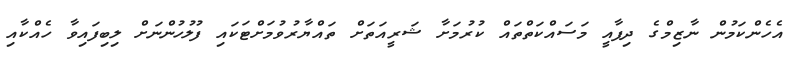
އެހެންކަމުން ނާޒިމްގެ ދިފާއީ މަސައްކަތްތައް ކުރުމަށާ ޝަރީއަތަށް ތައްޔާރުވުމަށްޓަކައި ފުލުހުންނަށް ލިބިފައިވާ ހެއްކާއި